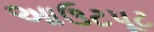
આઉટપૂટ